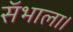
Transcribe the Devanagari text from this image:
सॅभाला।